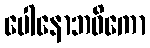
ပေါနောဘဝိကော